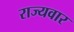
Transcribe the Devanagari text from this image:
राज्‍यवार